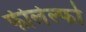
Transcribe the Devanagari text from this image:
फीलेल्फो